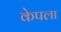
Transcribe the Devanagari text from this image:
केपला